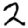
Digit: 2